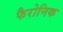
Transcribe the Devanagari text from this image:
फैरोनिक